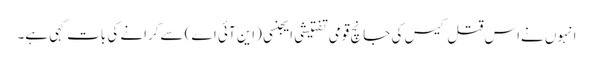
انہوں نےاس قتل کیس کی جانچ قومی تفتیشی ایجنسی (این آئی اے) سےکرانے کی بات کہی ہے۔